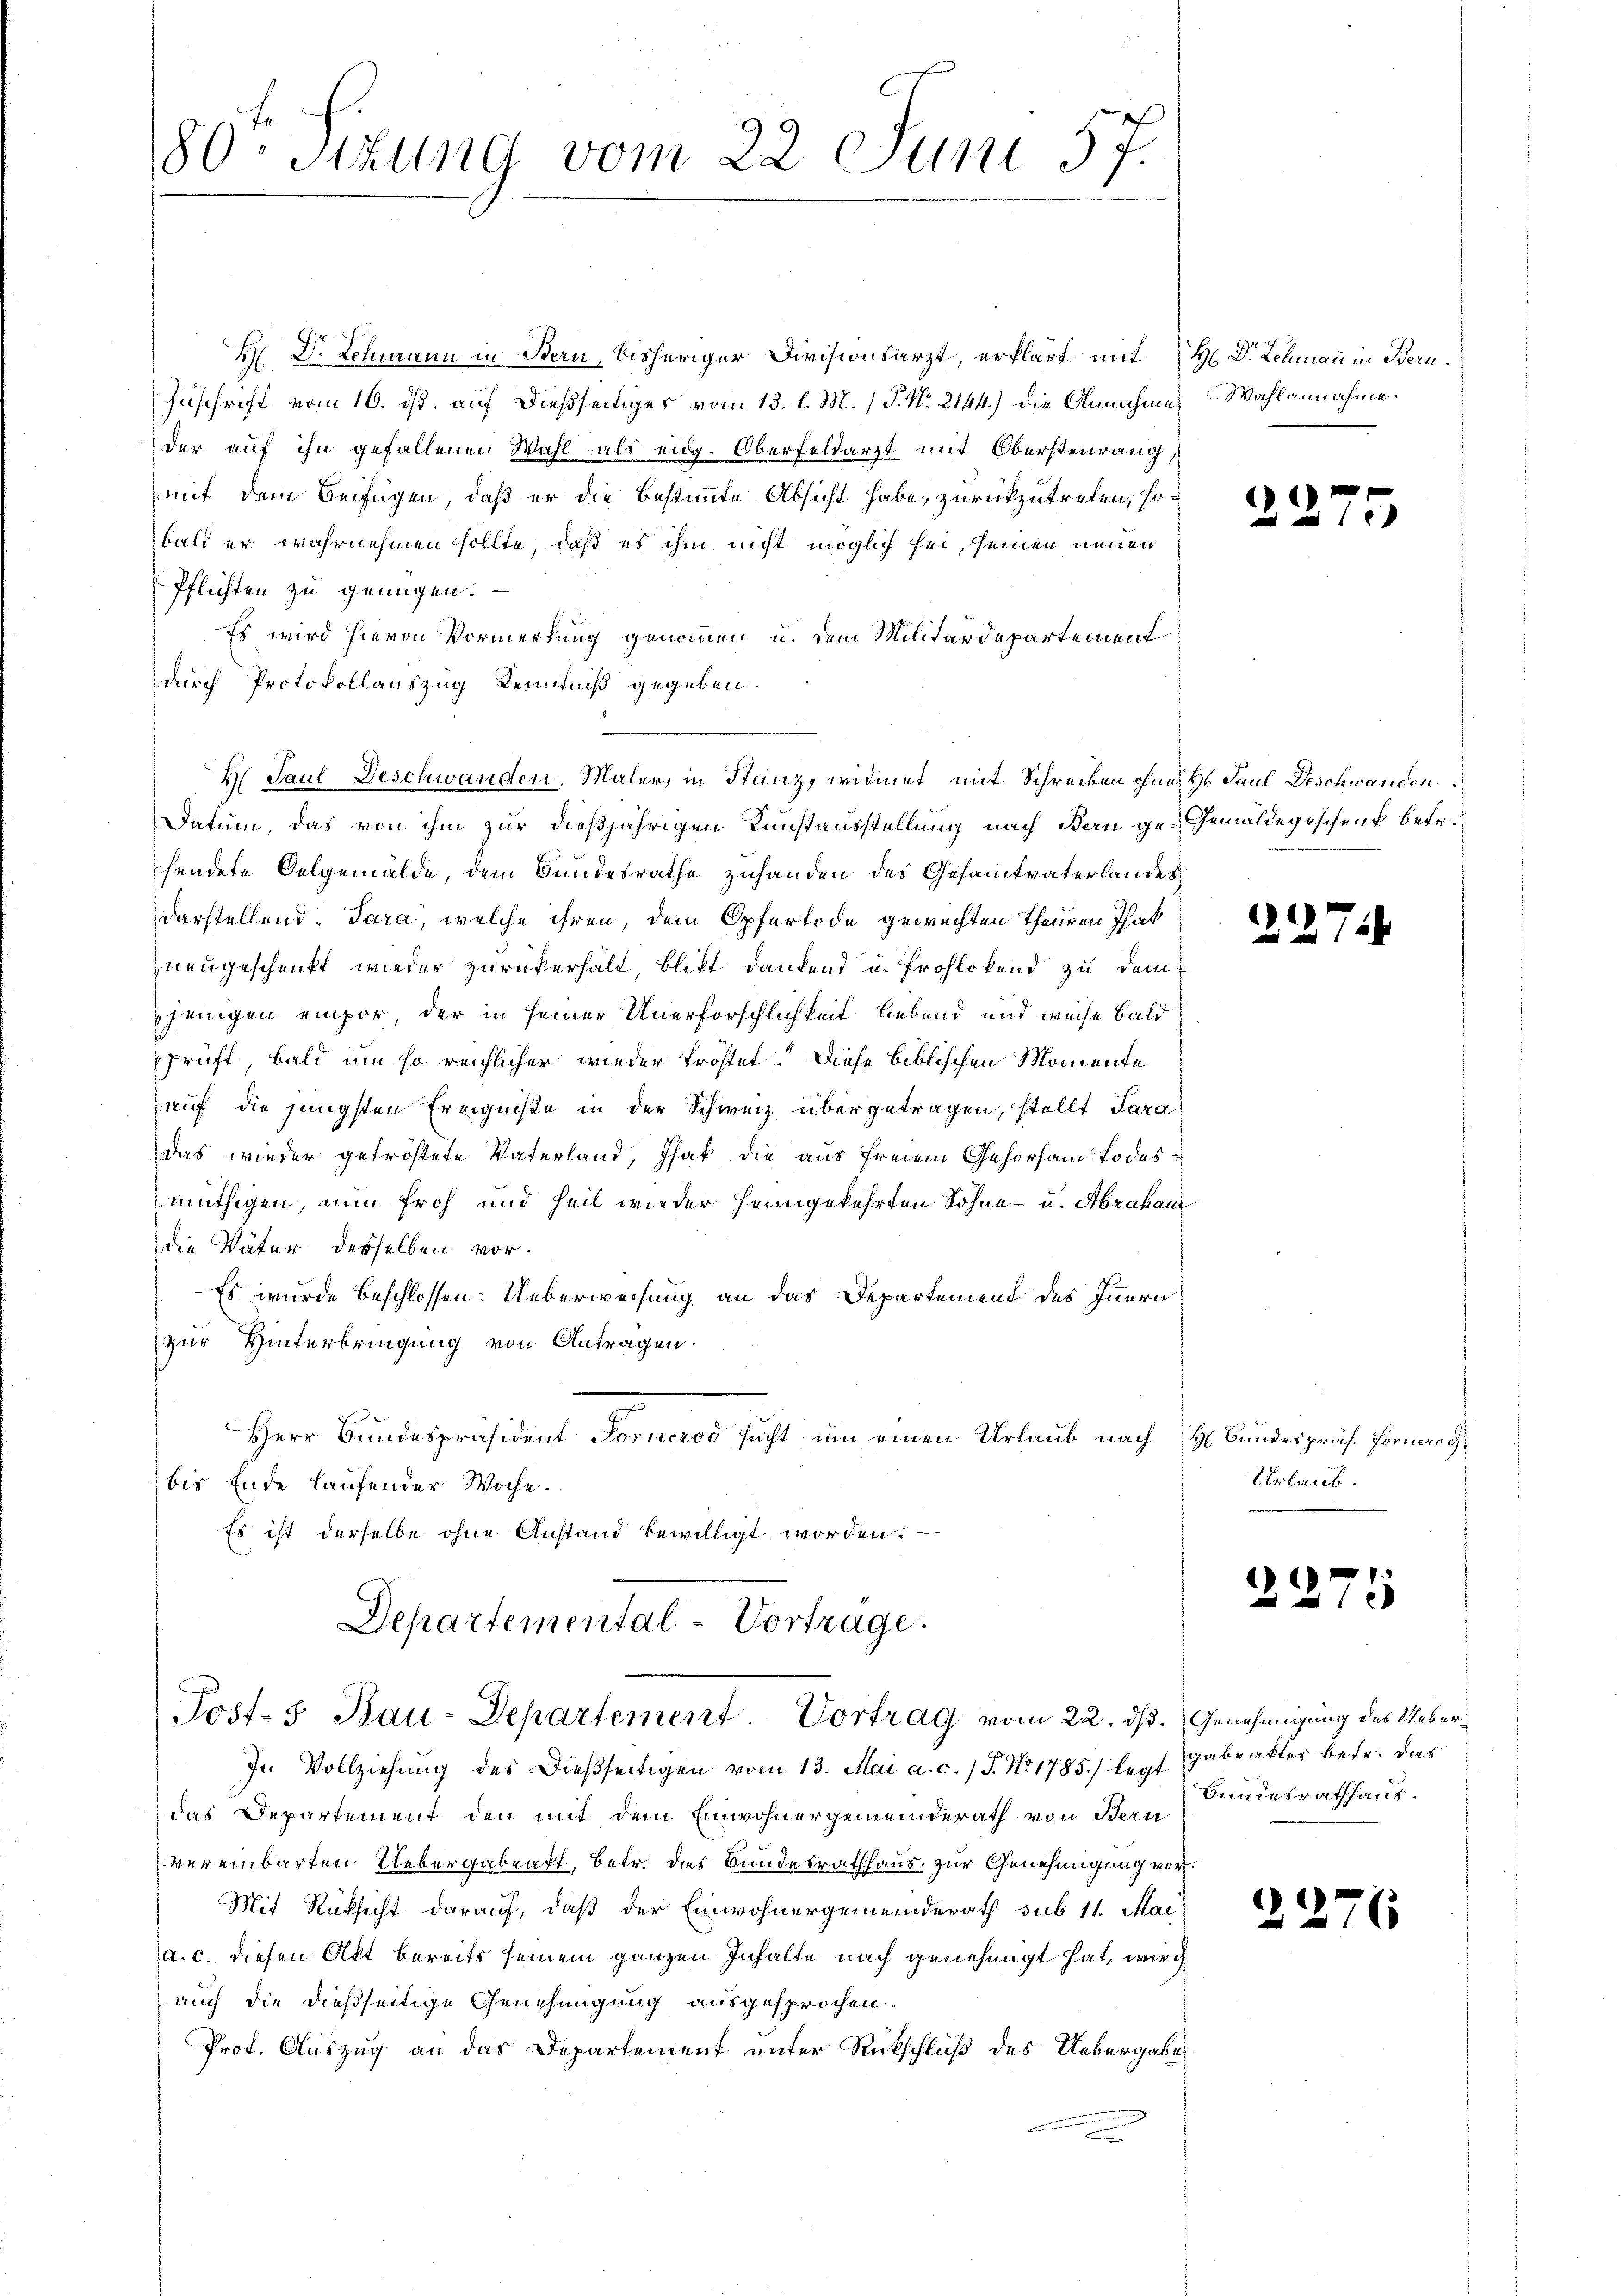
80ten Sizung vom 22 Juni 57.

H Dr. Lehmann in Stern, bisheriger Divisionsarzt, erklärt mit H. Dr. Lehmann in Bern.
Zuschrift vom 16. ds. auf dießseitiges vom 13. l. M. / P. Nr. 2144.) die Annahme
der auf ihn gefallenen Wahl als eidg. Oberfeldarzt mit Obersteurung,
mit dem Beifügen, daß er die Bestimmte Absicht habe, zurückzutreten, sobald er wahrnehmen sollte, daß es ihm nicht möglich sei, seinen neuen
Pflichten zu genügen.
Es wird hievon Vormerkung genommen u. dem Militärdepartement
durch Protokollauszug Kenntniß gegeben.
H. Paul Deschwanden, Maler, in Stanz, widmet mit Schrecken ohne H. Paul Deschwanden
Datum, das von ihm zur dießjährigen Kunstausstellung nach Bern ge-Gemäldegeschenk betr.
hendete Oelgemälde, dem Bundesrathe zuhanden des Gesamtvaterlandes
darstellend. Sara, welche ihren, dem Opfertode gewechten Theuren That
nengeschenkt wieder zurückerhält, blikt dankend u. frohlokend zu dem
jenigen empor, der in seiner Unerforschlichkeit liebend und weise bald
prüft, bald um so reichlicher wieder tröstet. Diese Biblischen Momente
auf die jüngsten Ereigniße in der Schweiz übergetragen, stellt dara
das wieder getröstete Vaterland, That die aus freien Gehorsam Todesmüthigen, nun froh und heil wieder heimgekehrten Söhne - u. Abraham
die Väter desselben vor.
Es wurde beschlossen: Ueberweisung an das Departement des Innern
zur Hinterbringung von Antragen.
Herr Bundespräsident Forneros sucht um einen Urlaub nach H. Bundespräs. Fornerech
bis Ende laufender Woche.
Es ist derselbe ohne Anstand bewilligt worden. —

Departemental-Vortrage.
Jost- 5. Bau-Departement Vortrag vom 22. dß. Genehmigung des Ueber¬

In Vollziehung des dießseitigen vom 13. Mai a. c. / P. Nr. 1785.) legt
das Departement den mit dem Einwohnergemeinderath von Bern
vereinbarten Uebergaben, betr. das Bundesrathhaus zur Genehmigung vor¬
Mit Rücksicht darauf, daß der Einwohnergemeinderath sub 11. Mai
a. c. diesen Akt bereits seinem ganzen Inhalte nach genehmigt hat, wird
auch die dießseitige Genehmigung ausgesprochen
Prot. Auszug an das Departement unter Rückschluß des Uebergabe
n

Wahlannahme.

.

227

5

Urlaub.

2275

gabraktes betr. das
Bundesrathhaus.

2276